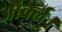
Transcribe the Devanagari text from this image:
ऑर्क्ल।